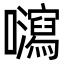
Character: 𡄽